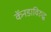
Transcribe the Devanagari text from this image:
कॅनडाविरुद्ध